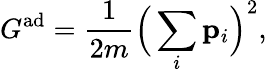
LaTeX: G^{\mathrm{ad}}=\frac 1{2m}\Big(\sum_{i}\mathbf{p}_{i}\Big)^{2},